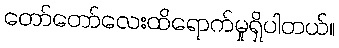
တော်တော်လေးထိရောက်မှုရှိပါတယ်။